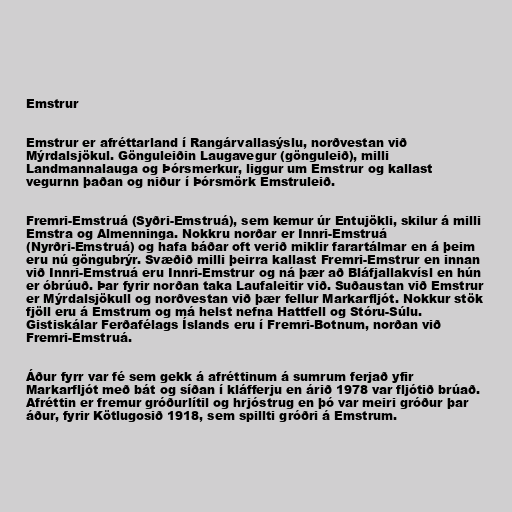
Emstrur

Emstrur er afréttarland í Rangárvallasýslu, norðvestan við
Mýrdalsjökul. Gönguleiðin Laugavegur (gönguleið), milli
Landmannalauga og Þórsmerkur, liggur um Emstrur og kallast
vegurnn þaðan og niður í Þórsmörk Emstruleið.

Fremri-Emstruá (Syðri-Emstruá), sem kemur úr Entujökli, skilur á milli
Emstra og Almenninga. Nokkru norðar er Innri-Emstruá
(Nyrðri-Emstruá) og hafa báðar oft verið miklir farartálmar en á þeim
eru nú göngubrýr. Svæðið milli þeirra kallast Fremri-Emstrur en innan
við Innri-Emstruá eru Innri-Emstrur og ná þær að Bláfjallakvísl en hún
er óbrúuð. Þar fyrir norðan taka Laufaleitir við. Suðaustan við Emstrur
er Mýrdalsjökull og norðvestan við þær fellur Markarfljót. Nokkur stök
fjöll eru á Emstrum og má helst nefna Hattfell og Stóru-Súlu.
Gistiskálar Ferðafélags Íslands eru í Fremri-Botnum, norðan við
Fremri-Emstruá.

Áður fyrr var fé sem gekk á afréttinum á sumrum ferjað yfir
Markarfljót með bát og síðan í kláfferju en árið 1978 var fljótið brúað.
Afréttin er fremur gróðurlítil og hrjóstrug en þó var meiri gróður þar
áður, fyrir Kötlugosið 1918, sem spillti gróðri á Emstrum.